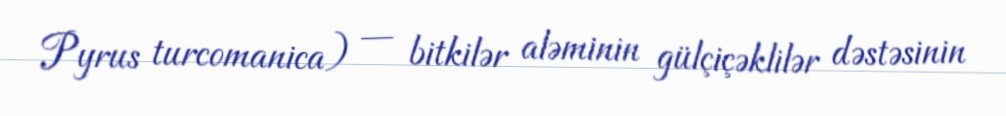
Pyrus turcomanica) — bitkilər aləminin gülçiçəklilər dəstəsinin